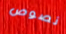
نصوص